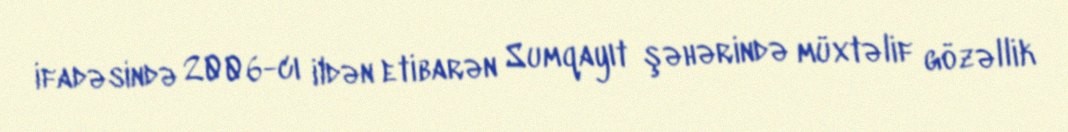
ifadəsində 2006-cı ildən etibarən Sumqayıt şəhərində müxtəlif gözəllik